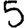
Digit: 5